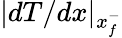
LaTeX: |dT/dx|_{x_{f}^{-}}